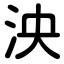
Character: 泱